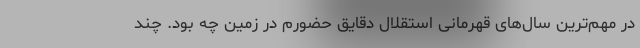
در مهم‌ترین سال‌های قهرمانی استقلال دقایق حضورم در زمین چه بود. چند